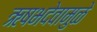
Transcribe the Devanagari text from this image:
ऋषभदेवामुळे